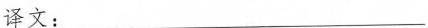
译文；___